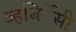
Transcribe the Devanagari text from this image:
व्हबिर्नेसी